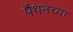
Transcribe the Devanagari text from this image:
पैथनच्या